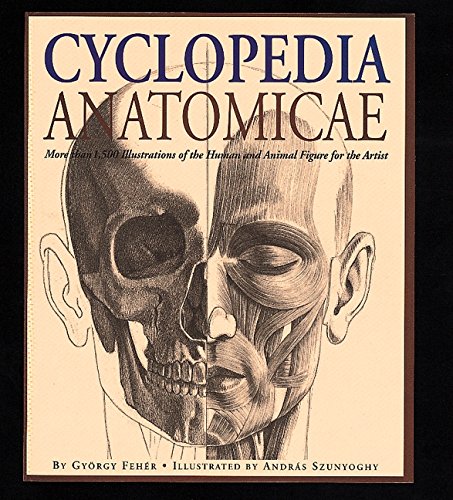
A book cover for Cyclopedia Anatomicae: More Than 1,500 Illustrations of the Human and Animal Figure for the Artist; Gyorgy FehÃ©r; Arts & Photography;